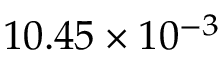
1 0 . 4 5 \times 1 0 ^ { - 3 }